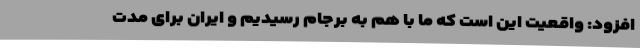
افزود: واقعیت این است که ما با هم به برجام رسیدیم و ایران برای مدت